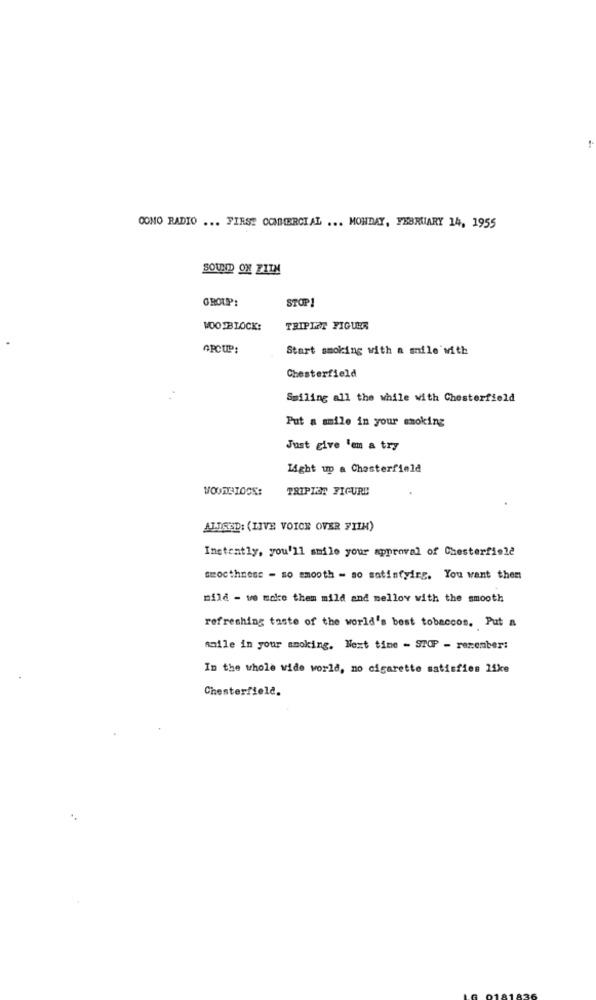
CONO RADIO ... FIRST COMMERCIAL ... MONDAY, FEBRUARY 14, 1955
SOUND ON FILM
GROUP:
STOP!
WOOTBLOCK:
TRIPLET FIGUER
APCUP:
Start smoking with a smile with
Chesterfield
Smiling all the while with Chesterfield
Put a smile in your smoking
Just give 'em a try
Light up a Chesterfield
VOORBLOCK:
TRIPLET FIGURE
ALISED: (LIVE VOICE OVER FILM)
Instantly, you'll smile your approval of Chesterfield
smoothness - so smooth - so satisfyirs. You want them
mild - we make them mild and mellov with the smooth
refreshing taste of the world's best tobaccos. Put a
salle in your smoking. Next time - STOP - remember:
In the whole wide world, no cigarette satisfies like
Chesterfield.